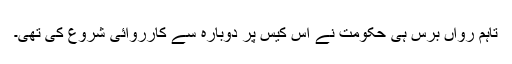
تاہم رواں برس ہی حکومت نے اس کیس پر دوبارہ سے کارروائی شروع کی تھی۔